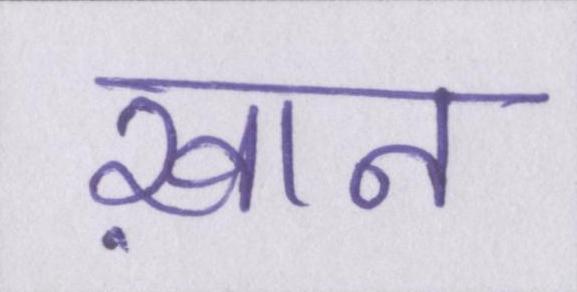
ख़ान